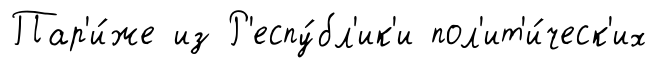
Пар'и́же из Р'еспу́бл'ик'и пол'ит'и́ческ'их